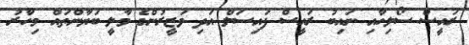
ރައީސް ސޯލިހާއި ނައިބު ރައީސް ފައިސަލް އަދި ވަޒީރުންގެ މާލީ ބަޔާންތައް މިހާރު